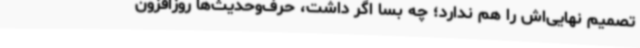
تصمیم نهایی‌اش را هم ندارد؛ چه بسا اگر داشت، حرف‌وحدیث‌ها روزافزون